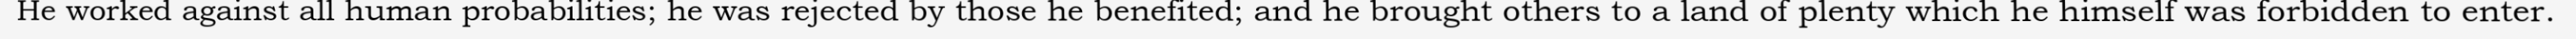
He worked against all human probabilities; he was rejected by those he benefited; and he brought others to a land of plenty which he himself was forbidden to enter.